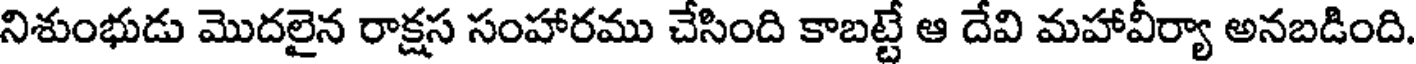
నిశుంభుడు మొదలైన రాక్షస సంహారము చేసింది కాబట్టే ఆ దేవి మహావీర్యా అనబడింది